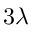
3 \lambda